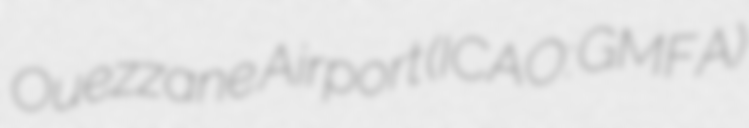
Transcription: Ouezzane Airport (ICAO: GMFA)